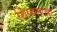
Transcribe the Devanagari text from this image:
शिष्यशाखा